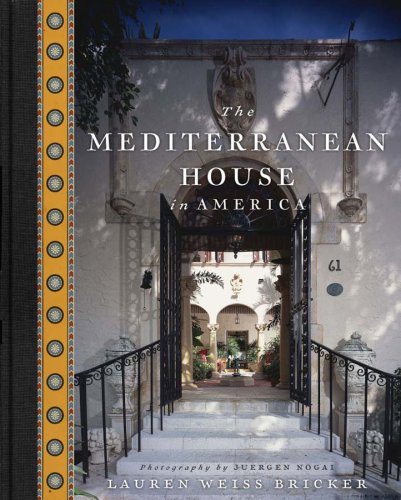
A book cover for The Mediterranean House in America; Lauren Weiss Bricker; Arts & Photography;